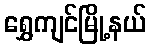
ရွှေကျင်မြို့နယ်